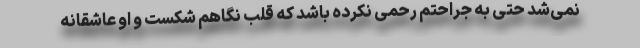
نمی‌شد حتی به جراحتم رحمی نکرده باشد که قلب نگاهم شکست و او عاشقانه